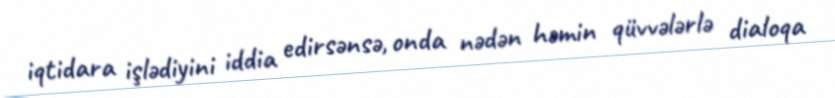
iqtidara işlədiyini iddia edirsənsə, onda nədən həmin qüvvələrlə dialoqa